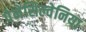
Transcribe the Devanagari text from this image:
पेनेसिल्वेनिया